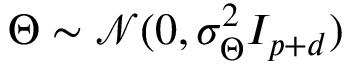
\Theta \sim \mathcal { N } ( 0 , \sigma _ { \Theta } ^ { 2 } I _ { p + d } )